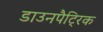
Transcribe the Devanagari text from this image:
डाउनपैट्रिक